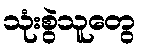
သုံးစွဲသူတွေ